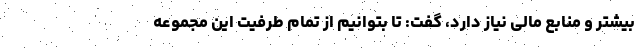
بیشتر و منابع مالی نیاز دارد، گفت: تا بتوانیم از تمام طرفیت این مجموعه